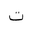
Letter: _ta